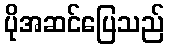
ပိုအဆင်ပြေသည်